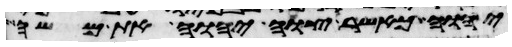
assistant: יהוה כאשר צוה יהוה את משה